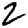
Digit: 2